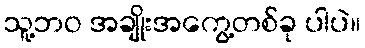
သူ့ဘဝ အချိုးအကွေ့တစ်ခု ပါပဲ။